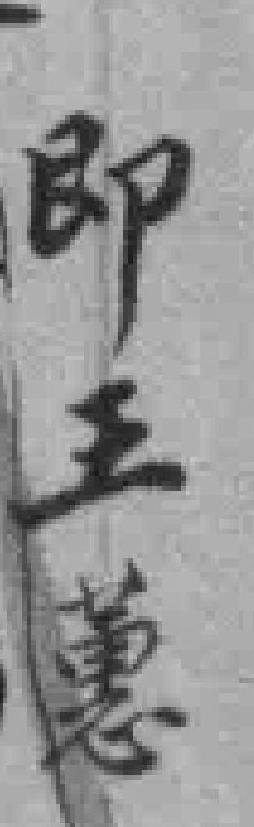
即王蕙